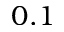
0 . 1